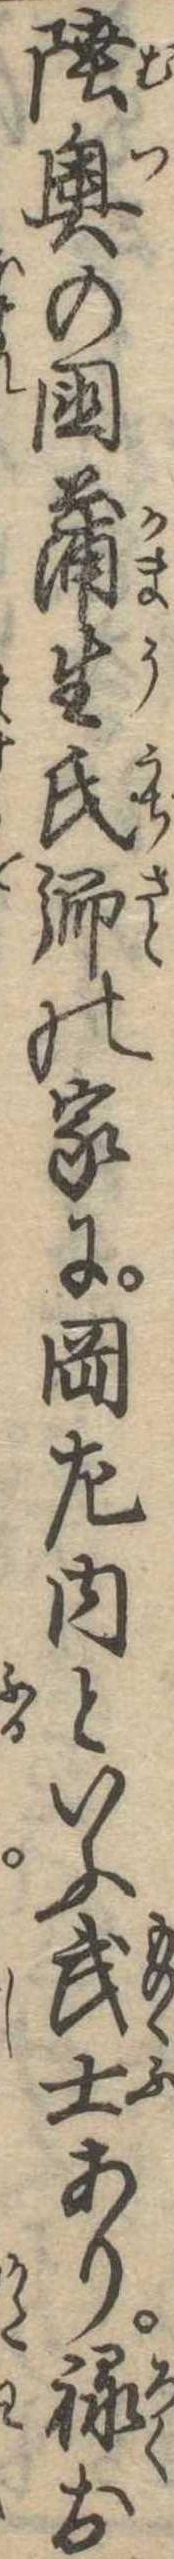
陸奥の国蒲生氏郷の家に岡左内といふ武士あり禄お